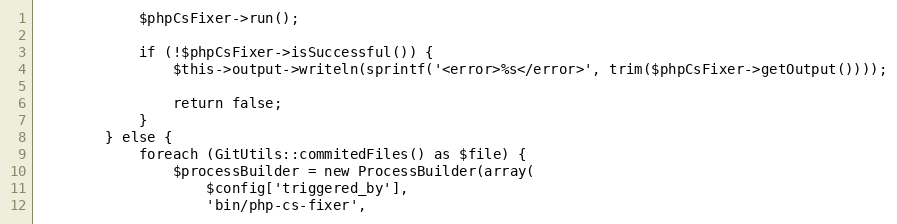
Language: PHP
            $phpCsFixer->run();

            if (!$phpCsFixer->isSuccessful()) {
                $this->output->writeln(sprintf('<error>%s</error>', trim($phpCsFixer->getOutput())));

                return false;
            }
        } else {
            foreach (GitUtils::commitedFiles() as $file) {
                $processBuilder = new ProcessBuilder(array(
                    $config['triggered_by'],
                    'bin/php-cs-fixer',